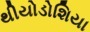
થીયોડોશિયા